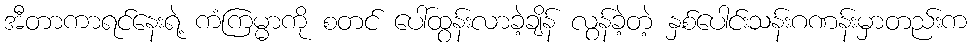
အီတာကာရင်နေးရဲ့ ကံကြမ္မာကို စတင် ပေါ်ထွန်းလာခဲ့ချိန် လွန်ခဲ့တဲ့ နှစ်ပေါင်းသန်းဂဏန်းမှာတည်းက